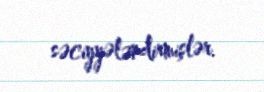
səciyyələndirmişlər.